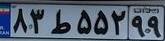
۸۳ط۵۵۲۹۹